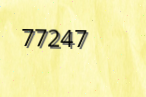
77247